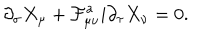
\partial _ { \sigma } X _ { \mu } + \mathcal { F } _ { \mu \nu } ^ { a } i \partial _ { \tau } X _ { \nu } = 0 .